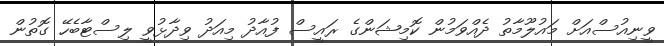
ވީނިއުސްއަށް މައުލޫމާތު ދެއްވަމުން ކޮމިޝަންގެ ރައީސް ފުއާދު މިއަދު ވިދާޅުވީ ލިސްޓާބެހޭ ގޮތުން